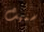
سميث